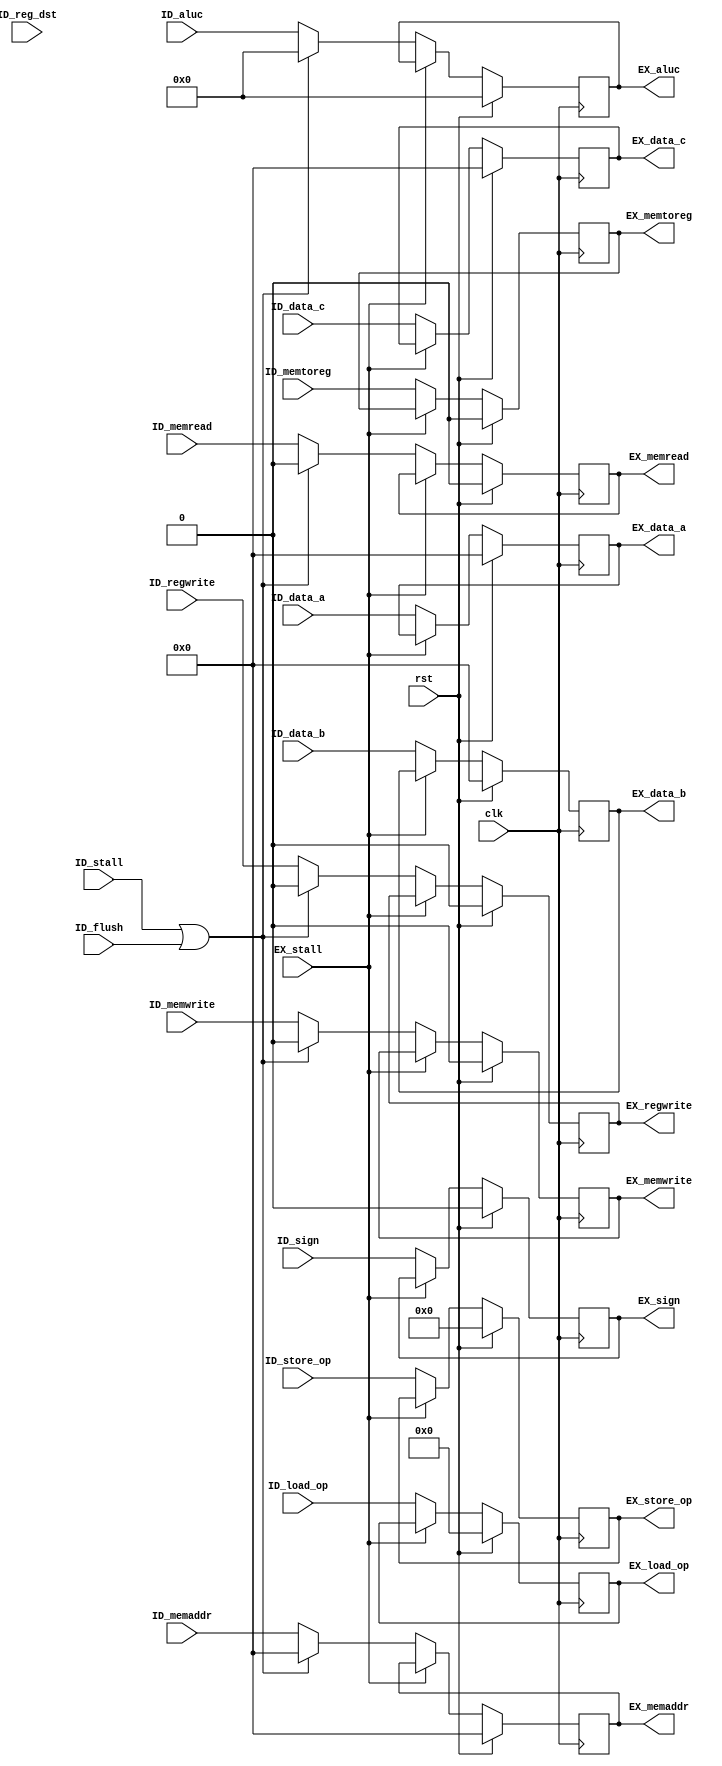
`timescale 1ns / 1ps
//////////////////////////////////////////////////////////////////////////////////
// Company: 
// Engineer: 
// 
// Design Name: 
// Module Name:    ID_stage 
// Project Name: 
// Target Devices: 
// Tool versions: 
// Description: 
//
// Dependencies: 
//
// Revision: 
// Revision 0.01 - File Created
// Additional Comments: 
//
//////////////////////////////////////////////////////////////////////////////////
module ID_stage(/*AUTOARG*/
    //Inputs
    clk, rst, ID_stall, ID_flush, EX_stall, ID_reg_dst, 
    ID_data_a, ID_data_b, ID_data_c, ID_aluc, 
    ID_sign, ID_memread, ID_memwrite, ID_memaddr, 
    ID_load_op, ID_store_op, ID_memtoreg, ID_regwrite, 

    //Outputs
    EX_data_a, EX_data_b, EX_data_c,
    EX_aluc, EX_sign, EX_memread, EX_memwrite, EX_memaddr, EX_load_op,
    EX_store_op, EX_memtoreg, EX_regwrite);
    input   clk;
    input   rst;
    input   ID_stall;
    input   ID_flush;
    input   EX_stall;

    input   [4:0]   ID_reg_dst;
    input   [31:0]  ID_data_a, ID_data_b, ID_data_c;
    input   [20:0]  ID_aluc;
    input   ID_sign;
    input   ID_memread, ID_memwrite;
    input   [31:0]  ID_memaddr;
    input   [8:0]   ID_load_op;
    input   [5:0]   ID_store_op;
    input   ID_memtoreg, ID_regwrite;
    // Hazard 

    // Outputs
    output  reg [31:0]  EX_data_a, EX_data_b, EX_data_c;
    output  reg [20:0]  EX_aluc;
    output  reg EX_sign;
    output  reg EX_memread, EX_memwrite;
    output  reg [31:0]  EX_memaddr;
    output  reg [8:0]   EX_load_op;
    output  reg [5:0]   EX_store_op;
    output  reg EX_memtoreg, EX_regwrite;

    always @(posedge clk) begin
        EX_data_a   <= rst ? 32'b0 : (EX_stall ? EX_data_a  : ID_data_a);
        EX_data_b   <= rst ? 32'b0 : (EX_stall ? EX_data_b  : ID_data_b);
        EX_data_c   <= rst ? 32'b0 : (EX_stall ? EX_data_c  : ID_data_c);
        EX_aluc     <= rst ? 21'b0 : (EX_stall ? EX_aluc    : ((ID_stall | ID_flush) ? 21'b0 : ID_aluc));
        EX_sign     <= rst ? 0     : (EX_stall ? EX_sign    : ID_sign);
        EX_memread  <= rst ? 0     : (EX_stall ? EX_memread : ((ID_stall | ID_flush) ? 0     : ID_memread));
        EX_memwrite <= rst ? 0     : (EX_stall ? EX_memwrite: ((ID_stall | ID_flush) ? 0     : ID_memwrite));
        EX_memaddr  <= rst ? 0     : (EX_stall ? EX_memaddr : ((ID_stall | ID_flush) ? 0     : ID_memaddr));
        EX_load_op  <= rst ? 9'b0  : (EX_stall ? EX_load_op : ID_load_op);
        EX_store_op <= rst ? 6'b0  : (EX_stall ? EX_store_op: ID_store_op);
        //EX_regread  <= rst ? 0     : (EX_stall ? EX_regread : ((ID_stall | ID_flush) ? 0     : ID_regread));
        EX_regwrite <= rst ? 0     : (EX_stall ? EX_regwrite: ((ID_stall | ID_flush) ? 0     : ID_regwrite));
        EX_memtoreg <= rst ? 0     : (EX_stall ? EX_memtoreg: ID_memtoreg);
    end

endmodule